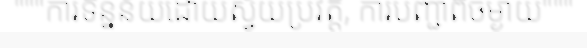
"""ការទិន្នន័យដោយស្វ័យប្រវត្តិ, ការបញ្ជាពីចម្ងាយ"""